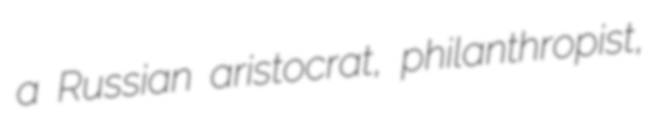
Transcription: a Russian aristocrat, philanthropist,